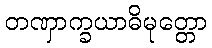
တဏှာက္ခယာဓိမုတ္တော